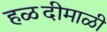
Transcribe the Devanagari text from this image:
हळदीमाळी